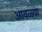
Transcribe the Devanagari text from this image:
आवळ्या